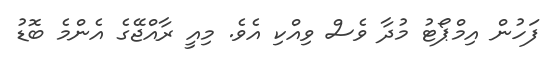
ފަހުން އިމްޕޯޓު މުދާ ވެސް ވިއްކި އެވެ. މިއީ ރާއްޖޭގެ އެންމެ ބޮޑު